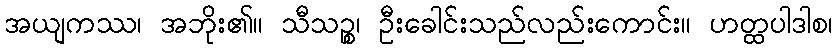
အယျကဿ၊ အဘိုး၏။ သီသဉ္စ၊ ဦးခေါင်းသည်လည်းကောင်း။ ဟတ္ထပါဒါစ၊